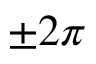
\pm 2 \pi